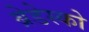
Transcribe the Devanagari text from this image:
ब्रेडेस्को